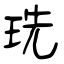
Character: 珗